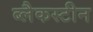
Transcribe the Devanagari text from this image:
ब्लैकस्टीन